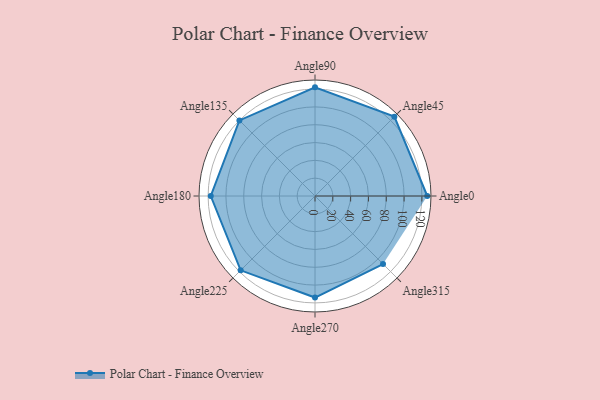
{"axis": {"x": "Angle", "y": "Radius"}, "legend": [""], "data": [{"x": "Angle0", "y": 126.0, "type": ""}, {"x": "Angle45", "y": 126.0, "type": ""}, {"x": "Angle90", "y": 122.0, "type": ""}, {"x": "Angle135", "y": 120.0, "type": ""}, {"x": "Angle180", "y": 117.0, "type": ""}, {"x": "Angle225", "y": 118.0, "type": ""}, {"x": "Angle270", "y": 114.0, "type": ""}, {"x": "Angle315", "y": 108.0, "type": ""}]}